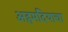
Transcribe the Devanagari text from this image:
अहमदियाचा